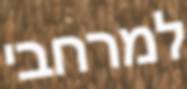
למרחבי